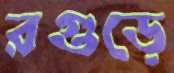
রগুড়ে